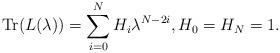
LaTeX: \begin{align*}\textrm{Tr}(L(\lambda))=\sum_{i=0}^{N}H_{i}\lambda^{N-2i},H_{0}=H_{N}=1.\end{align*}